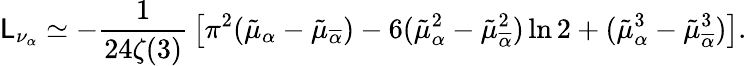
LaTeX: \mathsf{L}_{\nu_{\alpha}}\simeq-{\frac{{1}}{{24\zeta(3)}}}\left[\pi^{2}(\tilde{{\mu}}_{\alpha}-\tilde{{\mu}}_{\overline{{{{\alpha}}}}})-6(\tilde{{\mu}}_{\alpha}^{2}-\tilde{{\mu}}_{\overline{{{{\alpha}}}}}^{2})\ln2+(\tilde{{\mu}}_{\alpha}^{3}-\tilde{{\mu}}_{\overline{{{{\alpha}}}}}^{3})\right].